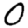
Digit: 0